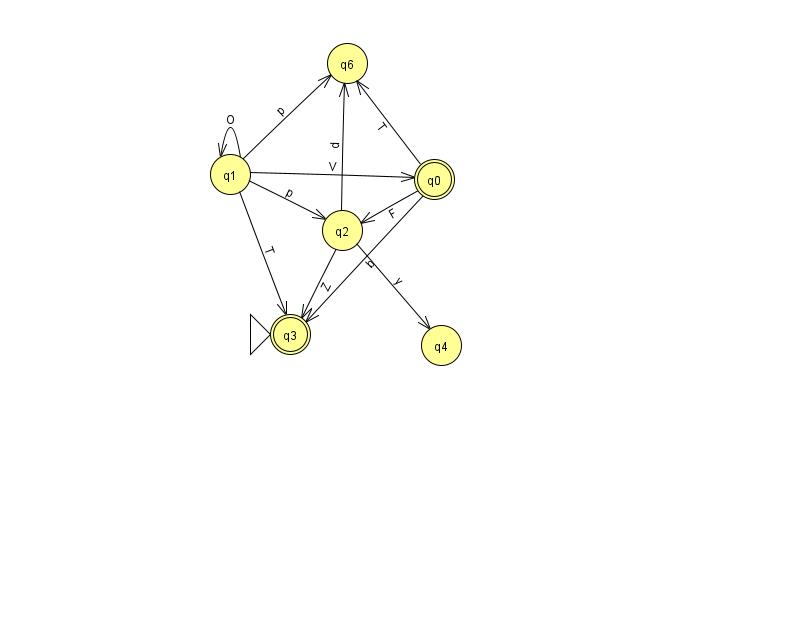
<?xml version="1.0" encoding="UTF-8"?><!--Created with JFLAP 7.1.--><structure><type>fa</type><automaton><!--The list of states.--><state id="0" name="q0"><x>434.0</x><y>166.0</y><final/></state><state id="1" name="q1"><x>230.0</x><y>161.0</y></state><state id="2" name="q2"><x>342.0</x><y>217.0</y></state><state id="3" name="q3"><x>290.0</x><y>321.0</y><initial/><final/></state><state id="4" name="q4"><x>441.0</x><y>332.0</y></state><state id="6" name="q6"><x>347.0</x><y>50.0</y></state><!--The list of transitions.--><transition><from>1</from><to>3</to><read>T</read></transition><transition><from>1</from><to>6</to><read>p</read></transition><transition><from>1</from><to>2</to><read>p</read></transition><transition><from>2</from><to>6</to><read>d</read></transition><transition><from>2</from><to>4</to><read>y</read></transition><transition><from>0</from><to>6</to><read>T</read></transition><transition><from>0</from><to>2</to><read>F</read></transition><transition><from>2</from><to>3</to><read>Z</read></transition><transition><from>1</from><to>0</to><read>V</read></transition><transition><from>0</from><to>3</to><read>b</read></transition><transition><from>1</from><to>1</to><read>O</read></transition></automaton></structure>